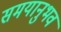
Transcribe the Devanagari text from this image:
समयानुभव